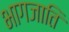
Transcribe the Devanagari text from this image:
भागजाति